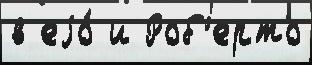
в еjо́ и Роб'ерто